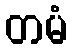
တမံ